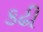
કઢી